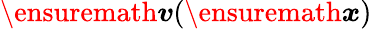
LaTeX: \ensuremath{\boldsymbol{v}}(\ensuremath{\boldsymbol{{x}}})